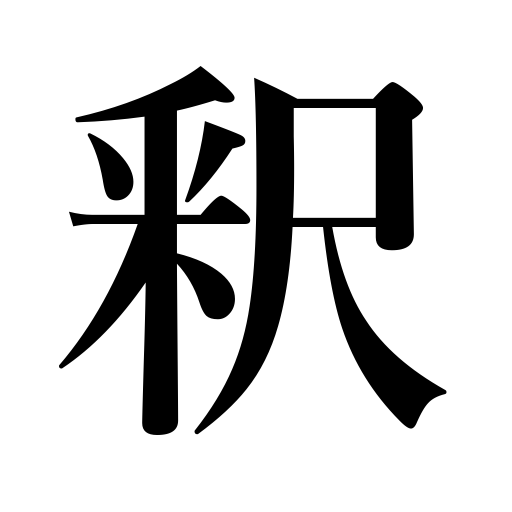
Meanings: explanation